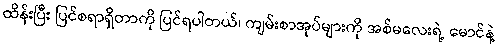
ထိန်းပြီး ပြင်စရာရှိတာကို ပြင်ရပါတယ်၊ ကျမ်းစာအုပ်များကို အစ်မလေးရဲ့ မောင်နဲ့